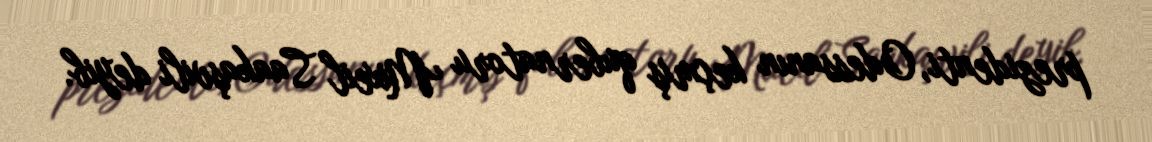
prezidenti, Odessanın keçmiş qubernatoru Mixeil Saakaşvili deyib.